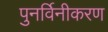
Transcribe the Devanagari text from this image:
पुनर्विनीकरण